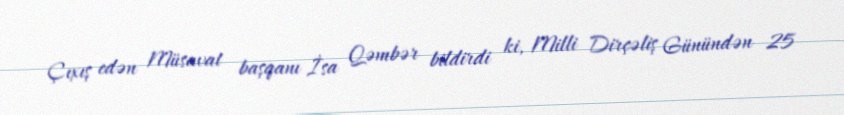
Çıxış edən Müsavat başqanı İsa Qəmbər bildirdi ki, Milli Dirçəliş Günündən 25